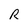
Character: R